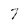
Character: 7